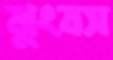
ঝুংবস